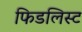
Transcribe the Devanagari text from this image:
फिडलिस्ट